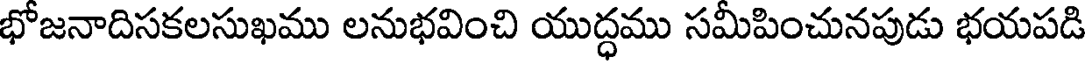
భోజనాదిసకలసుఖము లనుభవించి యుద్ధము సమీపించునపుడు భయపడి